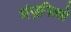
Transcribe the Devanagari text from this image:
मंज़निल्लो